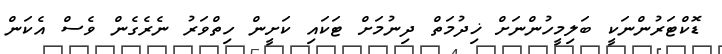
ޑޮކްޓަރުންނަކީ ބަލިމީހުންނަށް ޚިދުމަތް ދިނުމަށް ޓަކައި ކަށީން ހިތްވަރު ނެރެގެން ވެސް އެކަން